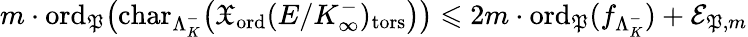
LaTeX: m\cdot\mathrm{ord}_{\mathfrak{P}}\bigl(\mathrm{char}_{\Lambda_{K}^{-}}\bigl(\mathfrak{X}_{\mathrm{ord}}(E/K_{\infty}^{-})_{\mathrm{tors}}\bigr)\bigr)\leqslant 2m\cdot\mathrm{ord}_{\mathfrak{P}}(f_{\Lambda_{K}^{-}})+\mathcal{E}_{\mathfrak{P},m}